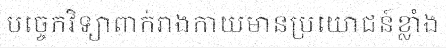
បច្ចេកវិទ្យាពាក់រាងកាយមានប្រយោជន៍ខ្លាំង